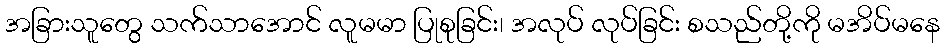
အခြားသူတွေ သက်သာအောင် လူမမာ ပြုစုခြင်း၊ အလုပ် လုပ်ခြင်း စသည်တို့ကို မအိပ်မနေ